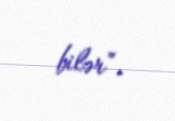
bilər”.